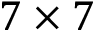
7 \times 7